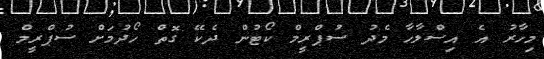
މިހާރު އެ އިސްލާހާ މެދު ސުޕްރީމް ކޯޓުން ދެކޭ ގޮތް ހޯދުމަށް ސުޕްރީމް